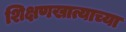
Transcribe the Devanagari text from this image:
शिक्षणखात्याच्या